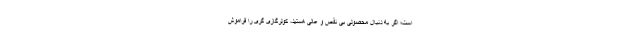
است؛ اگر به دنبال محصولی بی نقص و عالی هستید، کولرگازی گری را فراموش